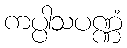
ကပ္ပါသပဏ္ဏံ